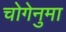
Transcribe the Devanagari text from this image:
चोगेनुमा